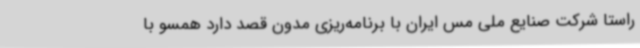
راستا شرکت صنایع ملی مس ایران با برنامه‌ریزی مدون قصد دارد همسو با